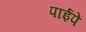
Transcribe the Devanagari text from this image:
पाईपें